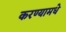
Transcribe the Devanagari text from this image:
करण्यामधे